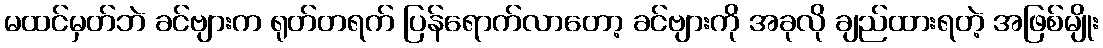
မထင်မှတ်ဘဲ ခင်ဗျားက ရုတ်တရက် ပြန်ရောက်လာတော့ ခင်ဗျားကို အခုလို ချည်ထားရတဲ့ အဖြစ်မျိုး